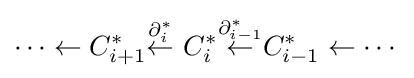
\cdots \leftarrow C_{i+1}^{*}{\stackrel {\partial _{i}^{*}}{\leftarrow }}\ C_{i}^{*}{\stackrel {\partial _{i-1}^{*}}{\leftarrow }}C_{i-1}^{*}\leftarrow \cdots